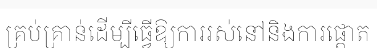
គ្រប់គ្រាន់ដើម្បីធ្វើឱ្យការរស់នៅនិងការផ្តោត